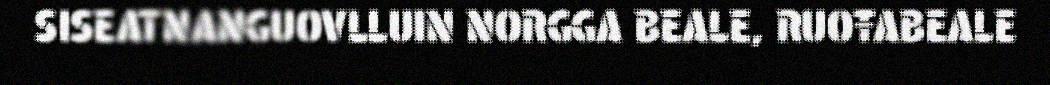
SISEATNANGUOVLLUIN NORGGA BEALE, RUOŦABEALE